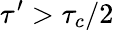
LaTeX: \tau^{\prime}>\tau_{c}/2